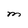
Character: M